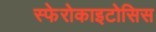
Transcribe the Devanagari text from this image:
स्फेरोकाइटोसिस